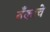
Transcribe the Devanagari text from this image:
बँकाचे